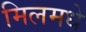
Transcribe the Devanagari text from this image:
मिलमधे